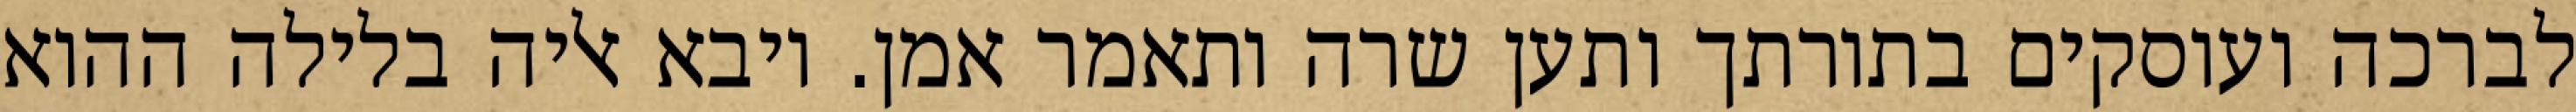
לברכה ועוסקים בתורתך ותען שרה ותאמר אמן. ויבא אליה בלילה ההוא